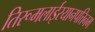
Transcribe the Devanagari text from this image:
तिरूमलाईरयानपत्तिनम